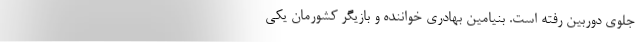
جلوی دوربین رفته است. بنیامین بهادری خواننده و بازیگر کشورمان یکی